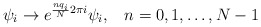
\begin{align*}\psi_i \to e^{\frac{nq_i}{N}2\pi i} \psi_i,\; \; \; n=0,1,\ldots ,N-1\end{align*}